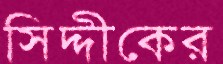
সিদ্দীকের